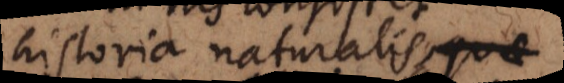
historia naturalis, ad